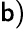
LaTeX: \mathsf{b})